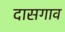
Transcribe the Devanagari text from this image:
दासगाव